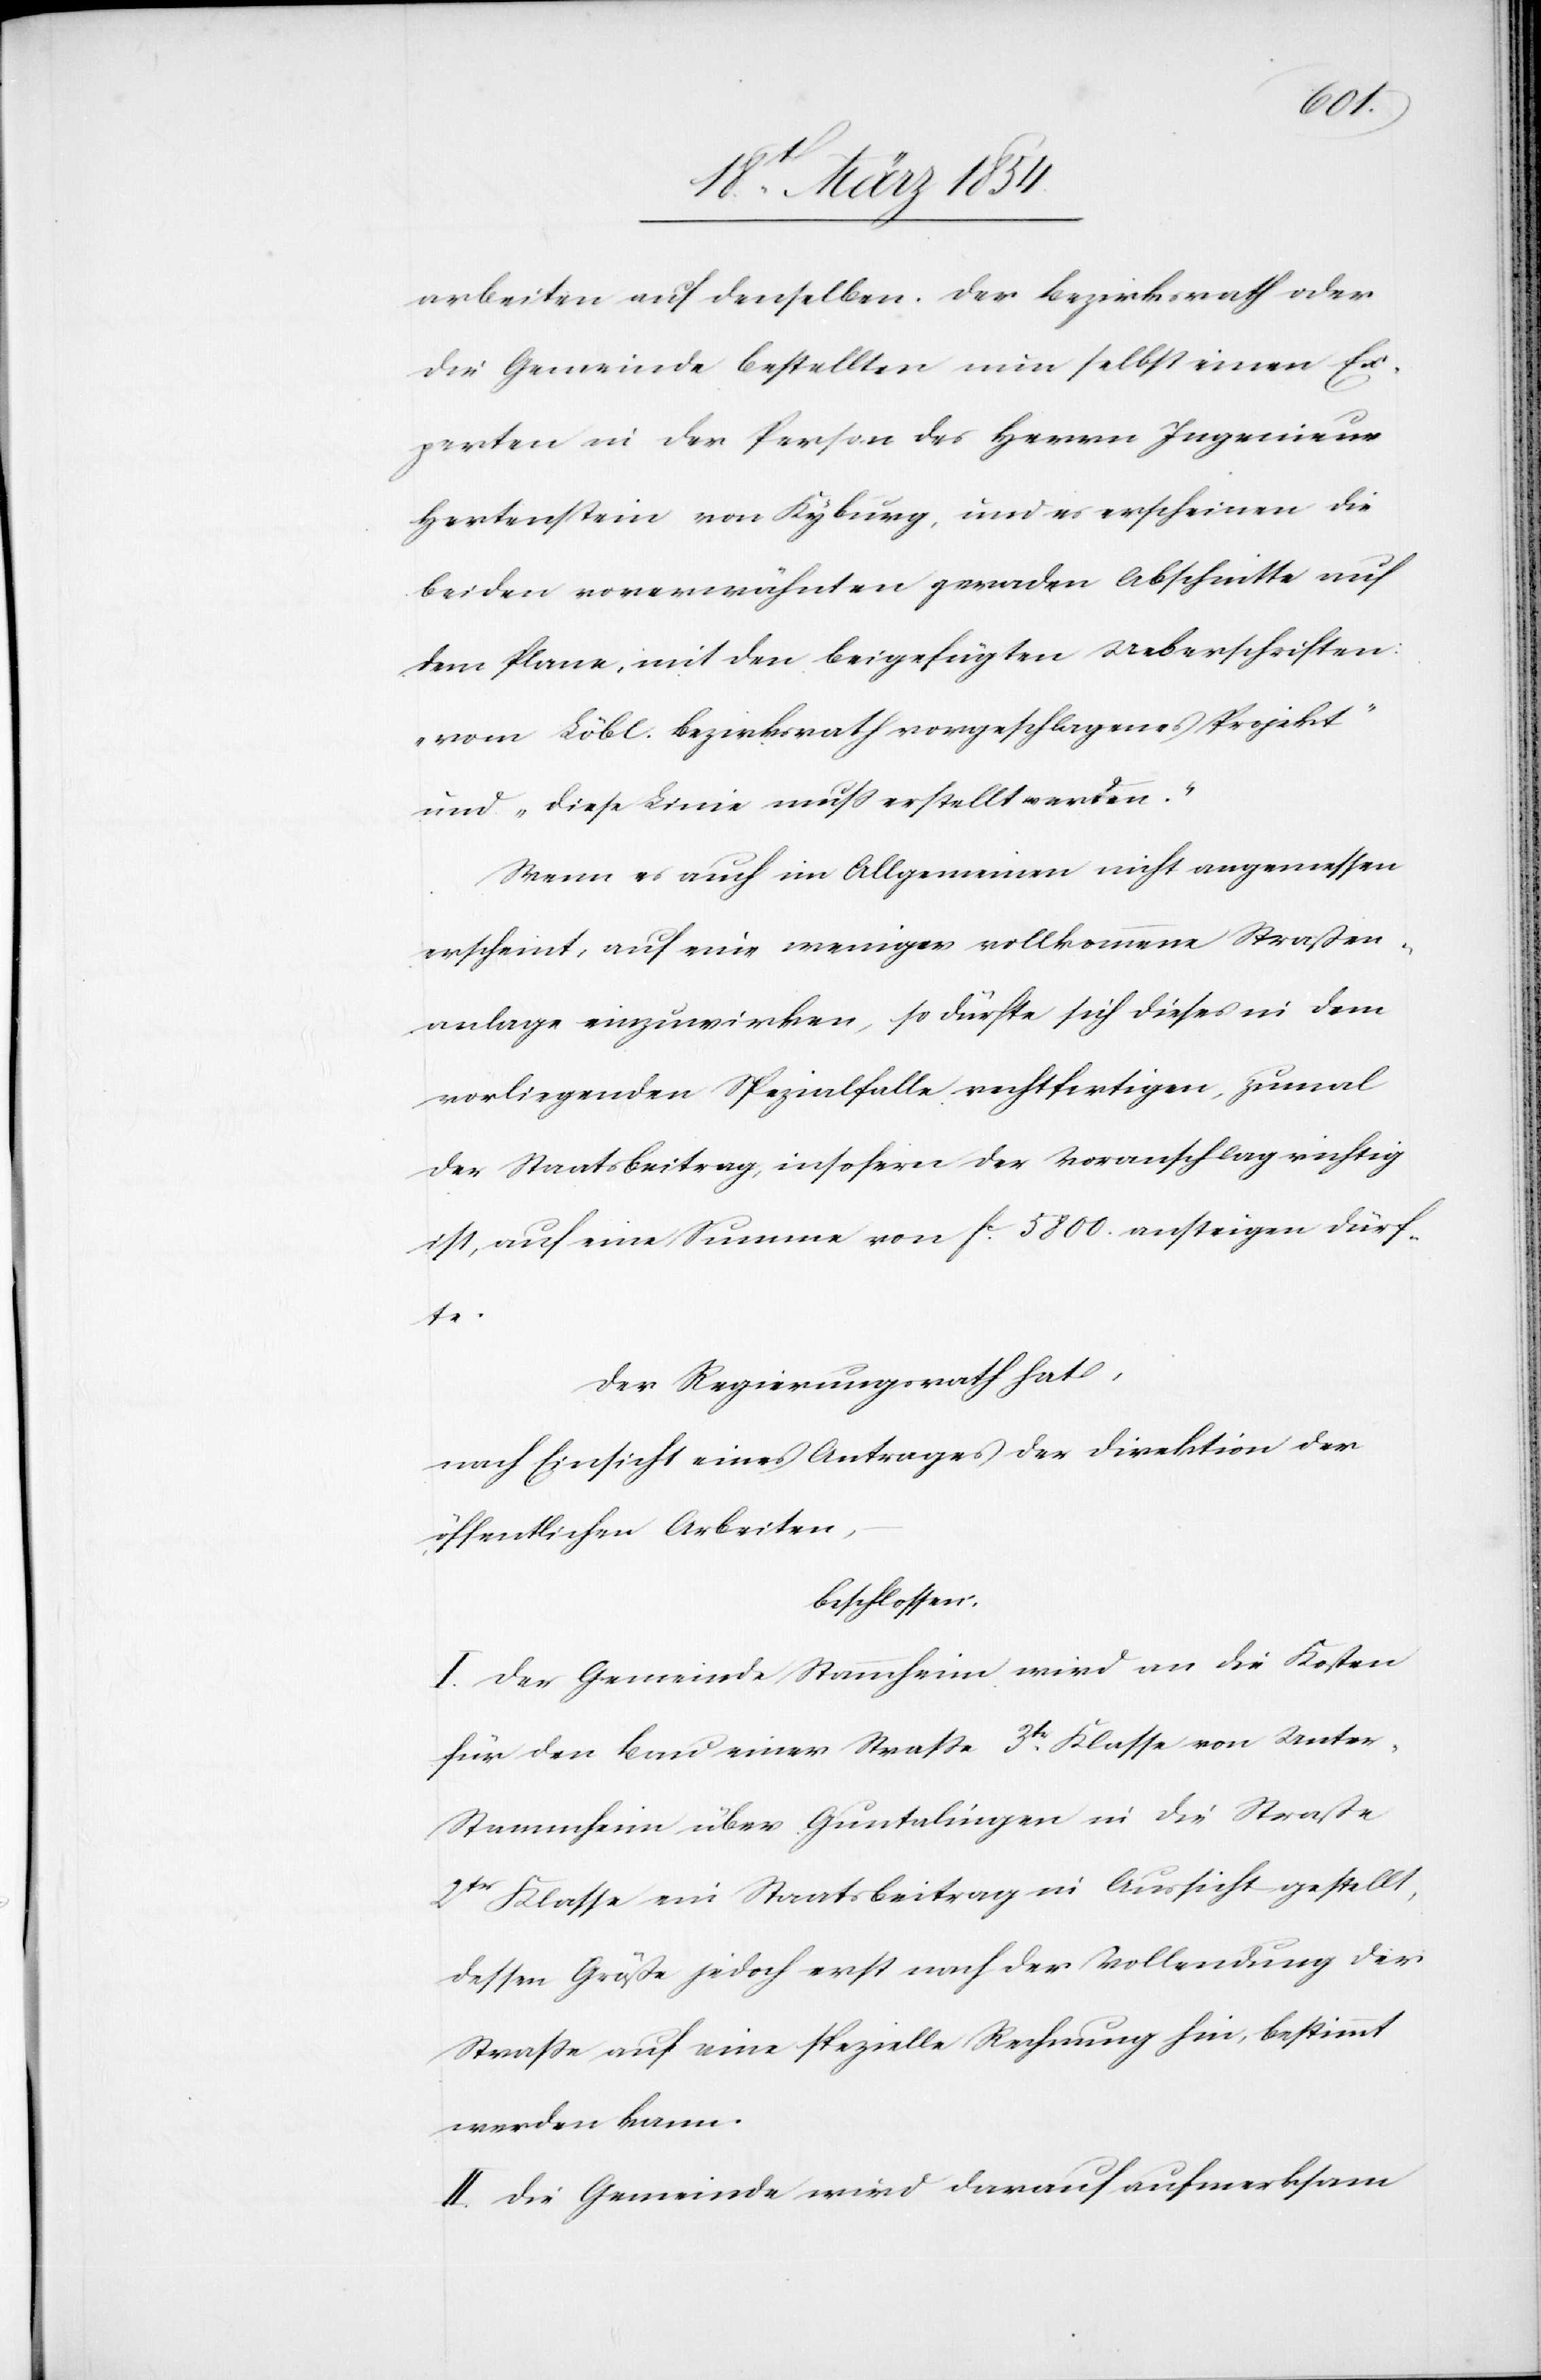
arbeiten auf denselben. Der Bezirksrath oder
die Gemeinde bestellten nun selbst einen Ex¬
perten in der Person des Herrn Ingenieur
Hertenstein von Kyburg, und es erscheinen die
beiden vorerwähnten geraden Abschnitte auf
dem Plane, mit den beigefügten Ueberschriften:
„vom Löbl. Bezirksrath vorgeschlagenes Projekt“
und „diese Linie muß erstellt werden.“
Wenn es auch im Allgemeinen nicht angemessen
erscheint, auf eine weniger vollkommene Straßenb¬
aute einzuwirken, so dürfte sich dieses in dem
vorliegenden Spezialfalle rechtfertigen, zumal
der Staatsbeitrag, insofern der Voranschlag richtig
ist, auf eine Summe von Fc 5800. ansteigen dürf¬
te.
Der Regierungsrath hat,
nach Einsicht eines Antrages der Direktion der
öffentlichen Arbeiten,
beschlossen:
I. Der Gemeinde Stammheim wird an die Kosten
für den Bau einer Straße 3tr Klasse von Unte¬
r-Stammheim über Guntalingen in die Straße
2tr Klasse ein Staatsbeitrag in Aussicht gestellt,
dessen Größe jedoch erst nach der Vollendung der
Straße auf eine spezielle Rechnung hin, bestimmt
werden kann.
II. Die Gemeinde wird darauf aufmerksam